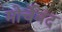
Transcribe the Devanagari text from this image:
मोर्चेबंद